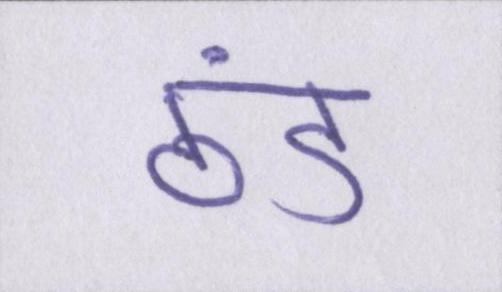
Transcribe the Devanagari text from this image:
ठंड